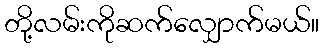
တို့လမ်းကိုဆက်လျှောက်မယ်။